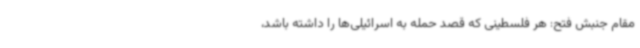
مقام جنبش فتح: هر فلسطینی‌ که قصد حمله به اسرائیلی‌ها را داشته باشد،